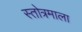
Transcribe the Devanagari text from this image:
स्तोत्रमाला